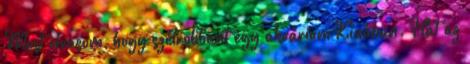
Most olvasom, hogy szétrobbant egy akvárium Kínában. Hát az